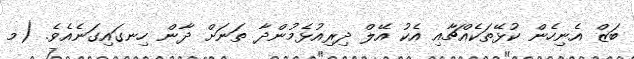
ބަޒް އެނިހެން ކުޅޭތަކެއްޗާއި އެކު އޭލް ދިރިއުޅެމުންދާ ތަނަށް ދާން ހިނގައިގަނެއެވެ. (މ